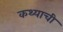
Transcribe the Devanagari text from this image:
कथ्याची